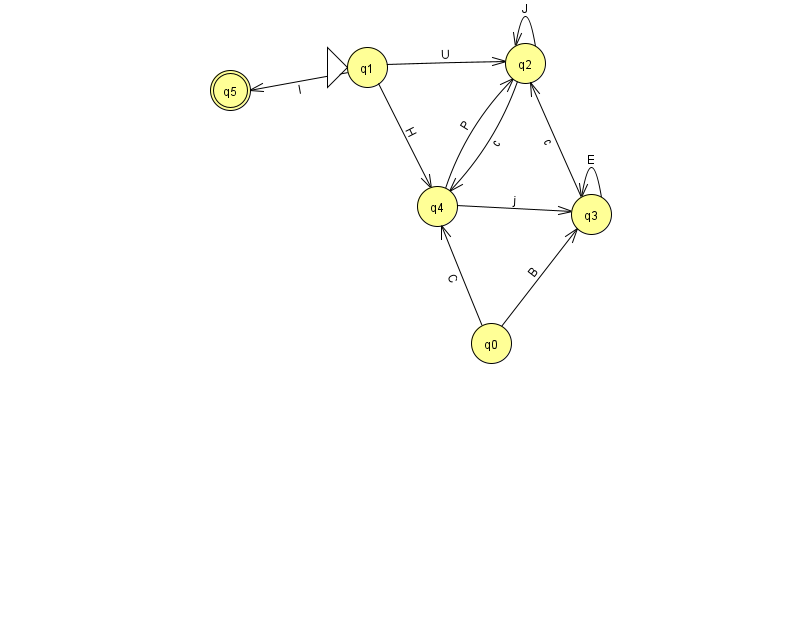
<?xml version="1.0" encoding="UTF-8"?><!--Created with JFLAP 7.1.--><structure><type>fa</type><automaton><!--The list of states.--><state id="0" name="q0"><x>491.0</x><y>330.0</y></state><state id="1" name="q1"><x>367.0</x><y>54.0</y><initial/></state><state id="2" name="q2"><x>525.0</x><y>50.0</y></state><state id="3" name="q3"><x>591.0</x><y>201.0</y></state><state id="4" name="q4"><x>437.0</x><y>193.0</y></state><state id="5" name="q5"><x>230.0</x><y>77.0</y><final/></state><!--The list of transitions.--><transition><from>1</from><to>5</to><read>I</read></transition><transition><from>3</from><to>3</to><read>E</read></transition><transition><from>2</from><to>2</to><read>J</read></transition><transition><from>0</from><to>4</to><read>C</read></transition><transition><from>3</from><to>2</to><read>c</read></transition><transition><from>4</from><to>2</to><read>P</read></transition><transition><from>2</from><to>4</to><read>c</read></transition><transition><from>0</from><to>3</to><read>B</read></transition><transition><from>1</from><to>2</to><read>U</read></transition><transition><from>1</from><to>4</to><read>H</read></transition><transition><from>4</from><to>3</to><read>j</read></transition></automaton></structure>